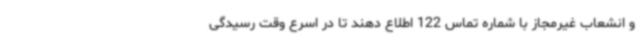
و انشعاب غیرمجاز با شماره تماس 122 اطلاع دهند تا در اسرع وقت رسیدگی